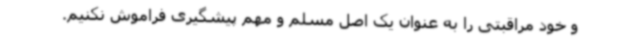
و خود مراقبتی را به عنوان یک اصل مسلم و مهم پیشگیری فراموش نکنیم.